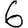
Digit: 6